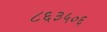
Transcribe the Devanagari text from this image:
८६३५०६